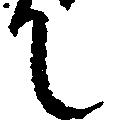
て